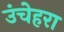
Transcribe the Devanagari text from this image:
उंचेहरा